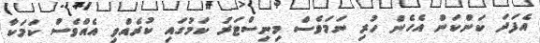
އެފަދަ ކަންކަން އެހެން ހުރި ނަމަވެސް މިނިސްޓަރު ކަމުގައި ކުރެއްވި އެއްވެސް ކަމަކާ